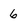
Character: 6